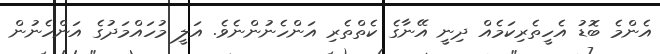
އެންމެ ބޮޑު އެހީތެރިކަމެއް ދިނީ އޭނާގެ ކެތްތެރި އަންހެނުންނެވެ. އަލީ މުހައްމަދުގެ އަންހެނުން